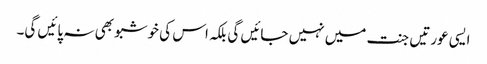
ایسی عورتیں جنت میں نہیں جائیں گی بلکہ اس کی خوشبو بھی نہ پائیں گی۔